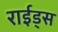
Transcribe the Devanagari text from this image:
राईड्स